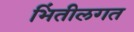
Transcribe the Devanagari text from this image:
भिंतीलगत